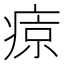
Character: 𤷦